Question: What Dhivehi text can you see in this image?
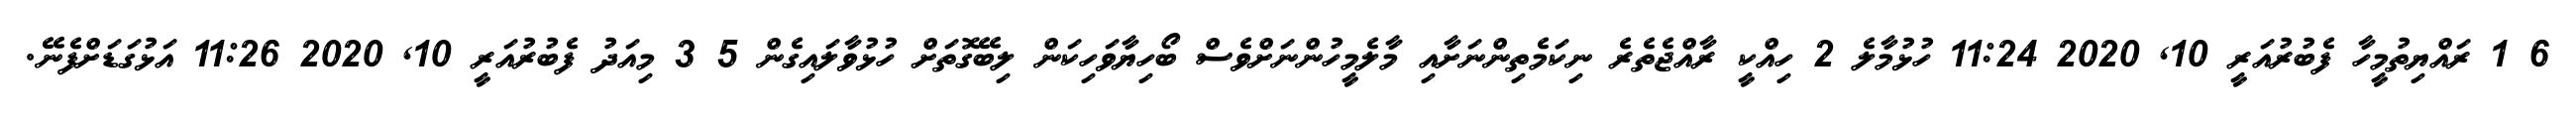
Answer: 6 1 ރައްޔިތުމީހާ ފެބުރުއަރީ 10, 2020 11:24 ހުޅުމާލެ 2 ހިއްކީ ރާއްޖެތެރެ ނިކަމެތިންނަށާއި މާލެމީހުންނަށްވެސް ބޯހިޔާވަހިކަން ލިބޭގޮތަށް ހުޅުވާލައިގެން 5 3 މިއަދު ފެބުރުއަރީ 10, 2020 11:26 އަޅުގަޑަށްފެނޭ.